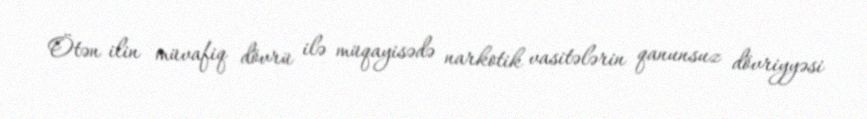
Ötən ilin müvafiq dövrü ilə müqayisədə narkotik vasitələrin qanunsuz dövriyyəsi